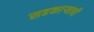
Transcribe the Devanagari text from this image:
सहकाऱ्याची